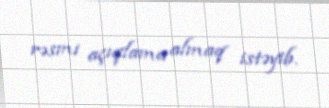
rəsmi açıqlama almaq istəyib.